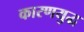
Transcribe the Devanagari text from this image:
कारणयुद्ध